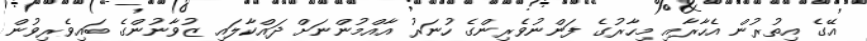
އޭގެ އިތުރުން އެހާރާއި މިހާރުގެ ފަންނުވެރިންގެ ހުނަރު އާއްމުންނަށް ދައްކާލައި ޒުވާނުންގެ ބައިވެރިވުން